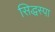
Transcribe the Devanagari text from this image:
सिद्धस्पा